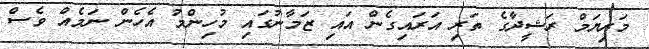
މަރިޔަމް ރަޝީދާގެ ތަރި އަރައިގެން އައި ޒަމާނުގައި މުހިންމު އެހެން ނަމެއް ވެސް